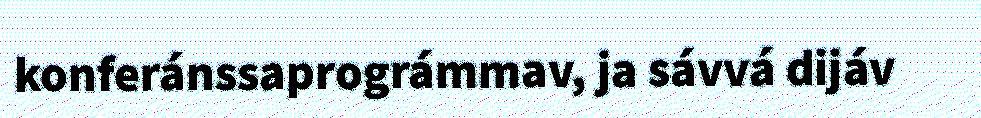
konferánssaprográmmav, ja sávvá dijáv